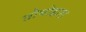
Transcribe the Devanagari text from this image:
तोयोहारा